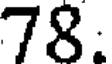
78: